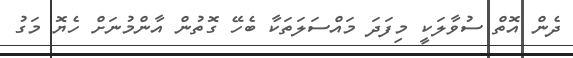
ދެން އޮތް ސުވާލަކީ މިފަދަ މައްސަލަތަކާ ބެހޭ ގޮތުން އާންމުނަށް ހެޔޮ މަގު